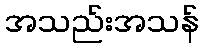
အသည်းအသန်